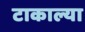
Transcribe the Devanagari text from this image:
टाकाल्या